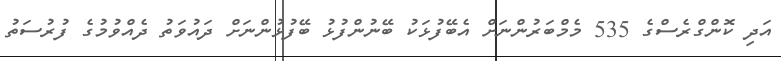
އަދި ކޮންގްރެސްގެ 535 މެމްބަރުންނަށް އެބޭފުޅަކު ބޭނުންފުޅު ބޭފުޅުންނަށް ދައުވަތު ދެއްވުމުގެ ފުރުސަތު